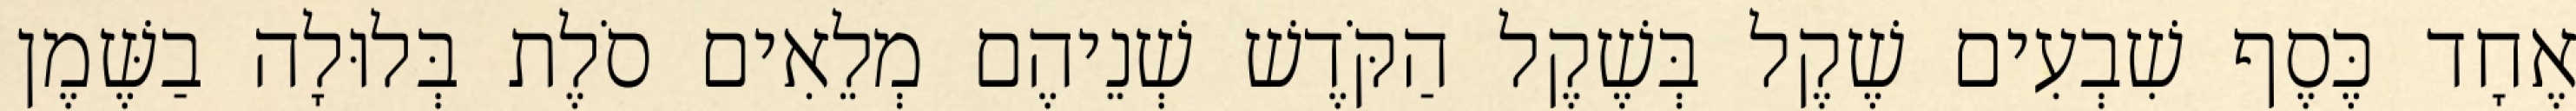
אֶחָד כֶּסֶף שִׁבְעִים שֶׁקֶל בְּשֶׁקֶל הַקֹּדֶשׁ שְׁנֵיהֶם מְלֵאִים סֹלֶת בְּלוּלָה בַשֶּׁמֶן